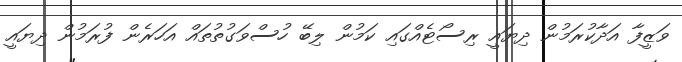
ވަޒީފާ އަދާކުރަމުން ދިޔައީ ރިސޯޓެއްގައި ކަމުން ލިބޭ ހުސްވަގުތުތައް އަހަރެން ފުރަމުން ދިޔައީ